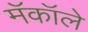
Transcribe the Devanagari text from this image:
मॅकॉले